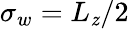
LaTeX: \sigma_{w}=L_{\mathit{z}}/2